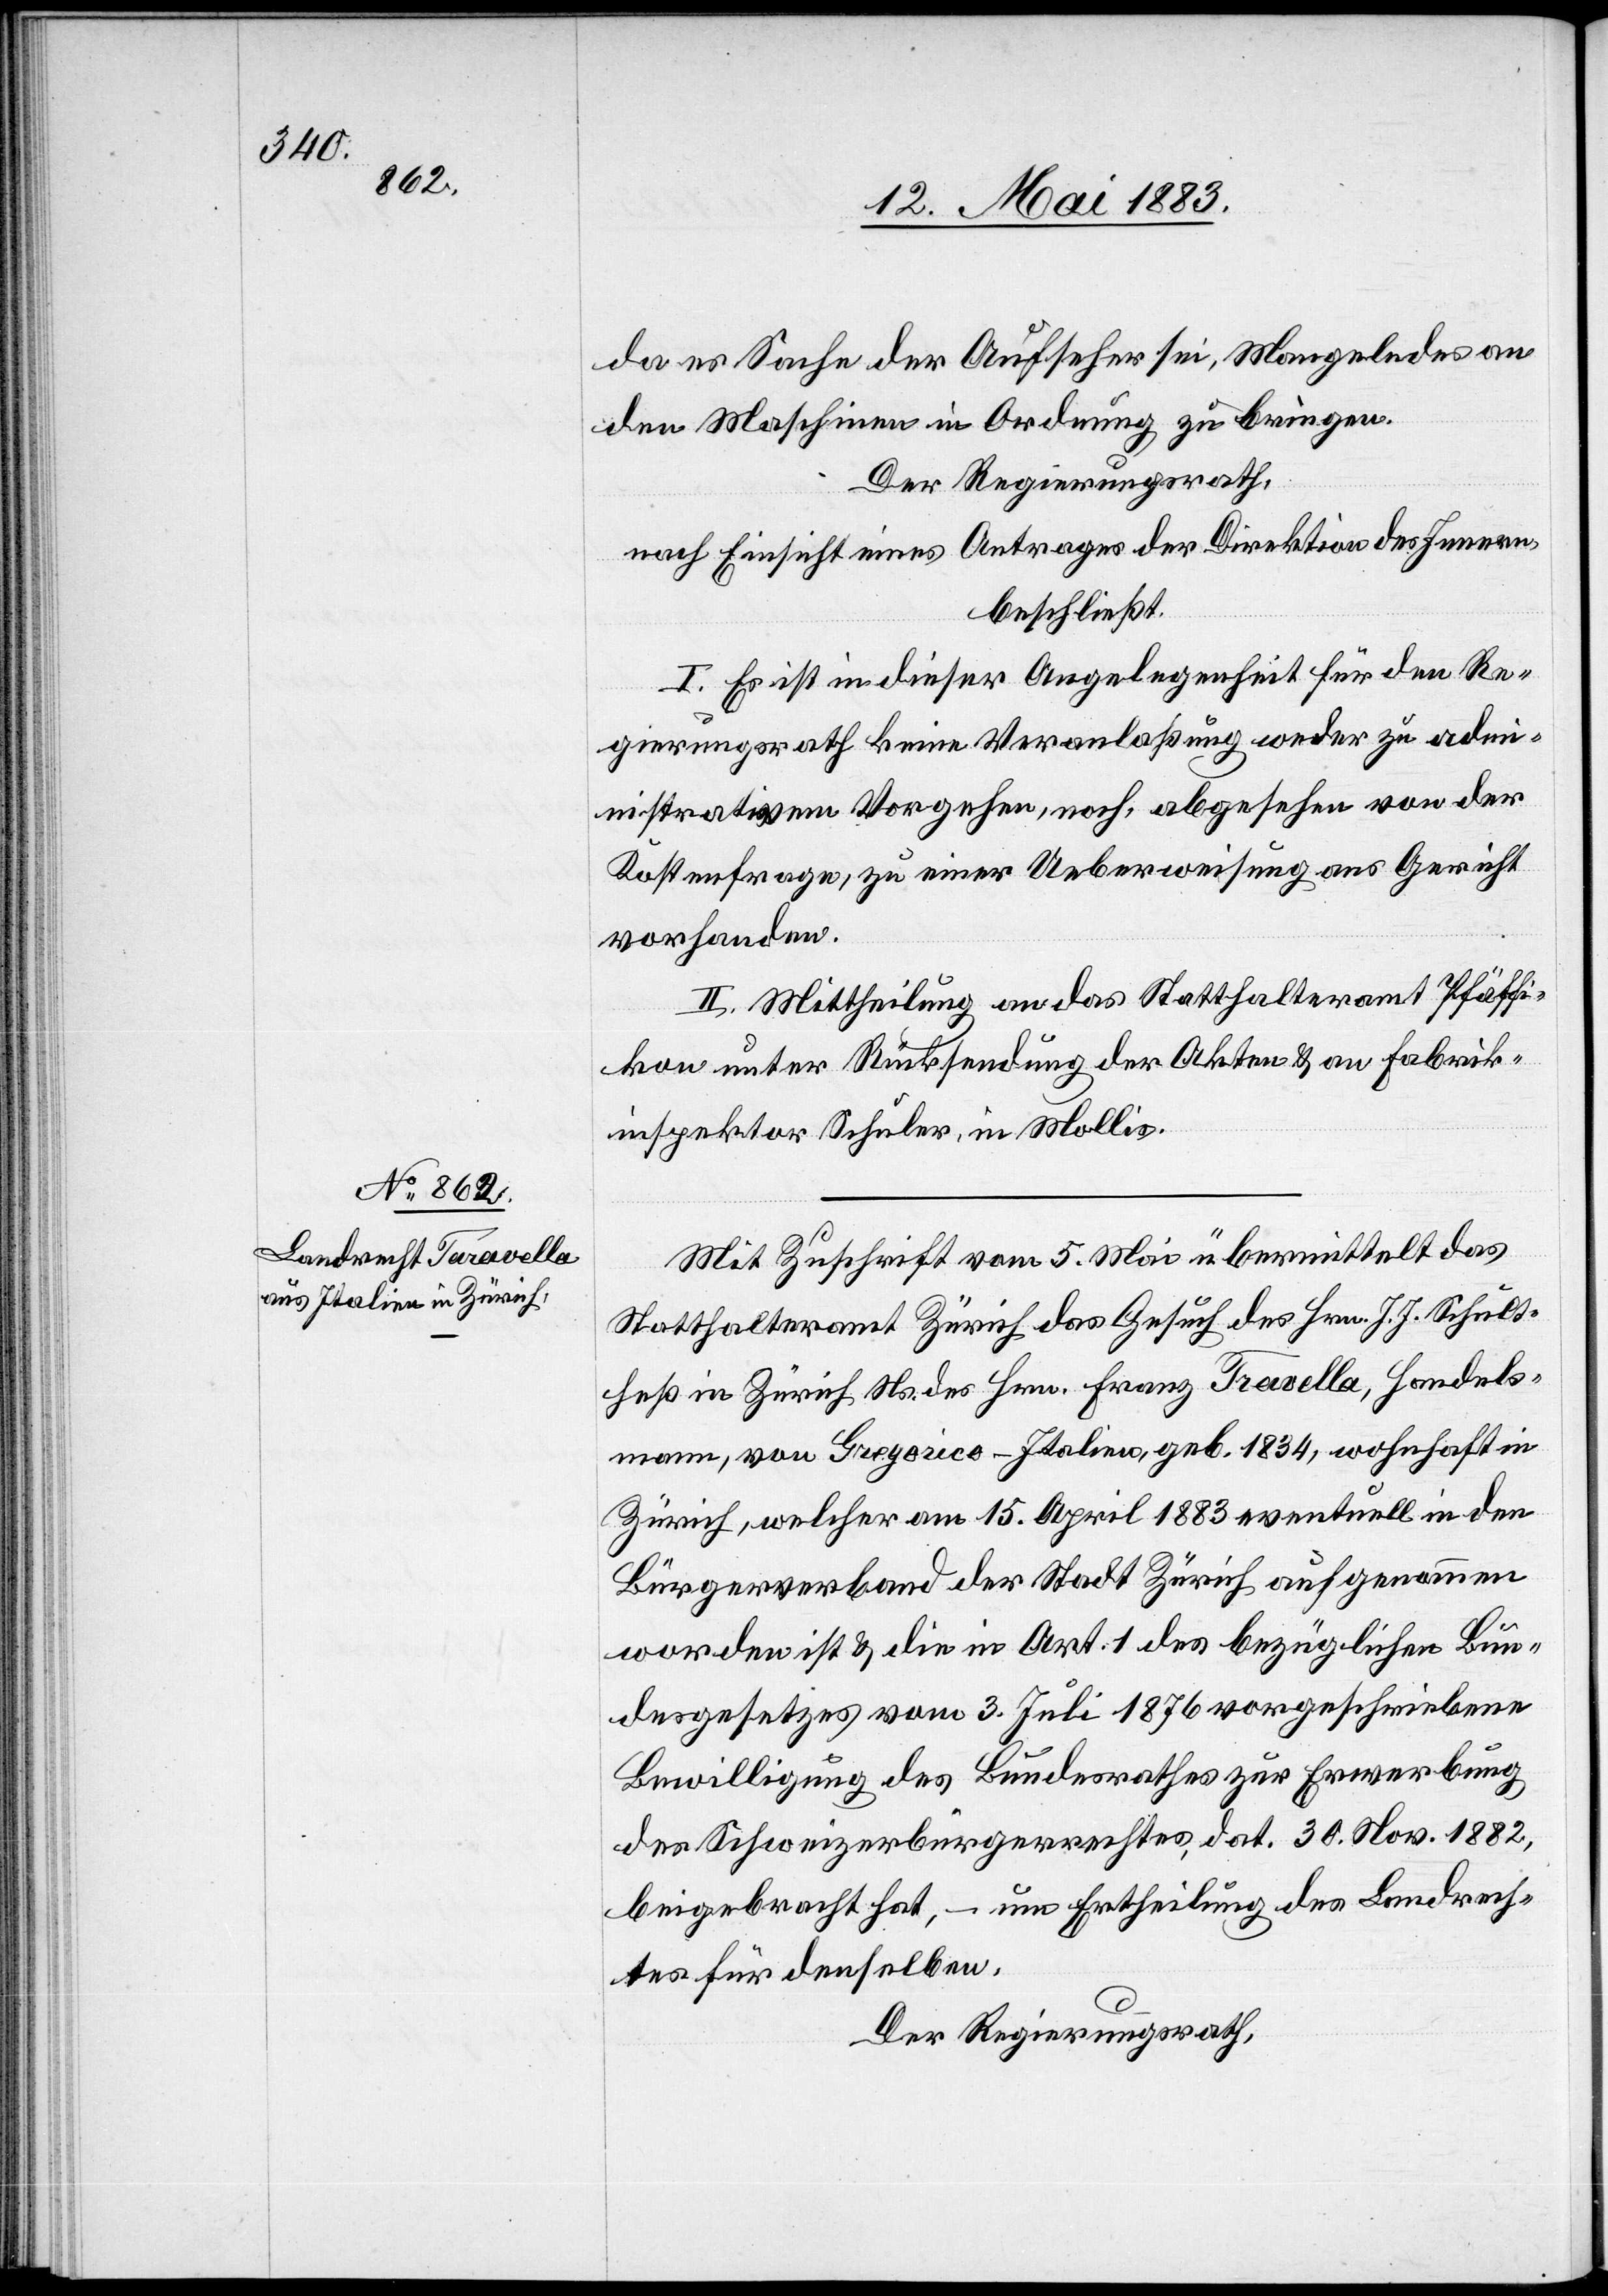
da es Sache der Aufseher sei, Mangelndes an
den Maschinen in Ordnung zu bringen.
Der Regierungsrath,
nach Einsicht eines Antrages der Direktion des Innern,
beschließt:
I. Es ist in dieser Angelegenheit für den Re¬
gierungsrath keine Veranlaßung weder zu adm¬
inistrativem Vorgehen, noch, abgesehen von der
Kostenfrage, zu einer Ueberweisung ans Gericht
vorhanden.
II. Mittheilung an das Statthalteramt Pfäffi¬
kon unter Rücksendung der Akten & an Fabrik¬
inspektor Schuler, in Mollis.
Mit Zuschrift vom 5. Mai übermittelt das
Statthalteramt Zürich das Gesuch des Hrn. J. J. Schult¬
heß in Zürich Ns. des Hrn. Franz Travella, [sic!] Handels¬
mann, von Greporico – Italien, geb. 1834, wohnhaft in
Zürich, welcher am 15. April 1883 eventuell in den
Bürgerverband der Stadt Zürich aufgenommen
worden ist & die in Art. 1 des bezüglichen Bun¬
desgesetzes vom 3. Juli 1876 vorgeschriebene
Bewilligung des Bundesrathes zur Erwerbung
des Schweizerbürgerrechtes, dat. 30. Nov. 1882,
beigebracht hat, – um Ertheilung des Landrech¬
tes für denselben.
Der Regierungsrath,